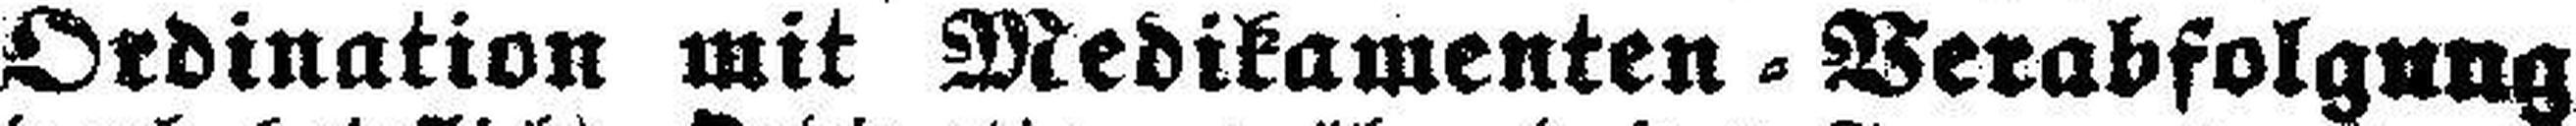
Ordination mit Medikamenten = Verabfolgung